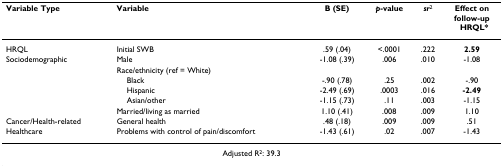
<table><thead><tr><td><b>Variable Type</b></td><td><b>Variable</b></td><td><b>B (SE)</b></td><td><b><i>p</i>-value</b></td><td><b><i>sr</i><sup>2</sup></b></td><td><b>Effect onfollow-upHRQL*</b></td></tr></thead><tbody><tr><td>HRQL</td><td>Initial SWB</td><td>.59 (.04)</td><td>&lt;.0001</td><td>.222</td><td><b>2.59</b></td></tr><tr><td>Sociodemographic</td><td>Male</td><td>-1.08 (.39)</td><td>.006</td><td>.010</td><td>-1.08</td></tr><tr><td></td><td>Race/ethnicity (ref = White)</td><td></td><td></td><td></td><td></td></tr><tr><td></td><td> Black</td><td>-.90 (.78)</td><td>.25</td><td>.002</td><td>-.90</td></tr><tr><td></td><td> Hispanic</td><td>-2.49 (.69)</td><td>.0003</td><td>.016</td><td><b>-2.49</b></td></tr><tr><td></td><td> Asian/other</td><td>-1.15 (.73)</td><td>.11</td><td>.003</td><td>-1.15</td></tr><tr><td></td><td>Married/living as married</td><td>1.10 (.41)</td><td>.008</td><td>.009</td><td>1.10</td></tr><tr><td>Cancer/Health-related</td><td>General health</td><td>.48 (.18)</td><td>.009</td><td>.009</td><td>.51</td></tr><tr><td>Healthcare</td><td>Problems with control of pain/discomfort</td><td>-1.43 (.61)</td><td>.02</td><td>.007</td><td>-1.43</td></tr><tr><td colspan="6">Adjusted R<sup>2</sup>: 39.3</td></tr></tbody></table>